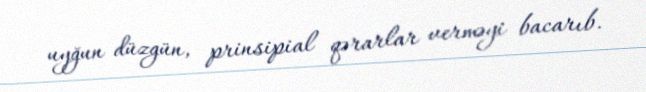
uyğun düzgün, prinsipial qərarlar verməyi bacarıb.